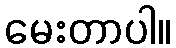
မေးတာပါ။